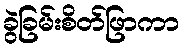
ခွဲခြမ်းစိတ်ဖြာကာ